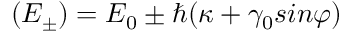
( E _ { \pm } ) = E _ { 0 } \pm \hbar ( \kappa + \gamma _ { 0 } s i n \varphi )